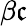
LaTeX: \beta{\mathfrak{c}}